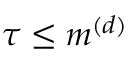
\tau \leq m ^ { ( d ) }